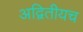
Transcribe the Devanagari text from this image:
अद्वितीयच